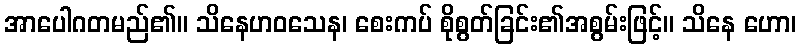
အာပေါဂတမည်၏။ သိနေဟဝသေန၊ စေးကပ် စိုစွတ်ခြင်း၏အစွမ်းဖြင့်။ သိနေ ဟော၊